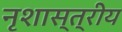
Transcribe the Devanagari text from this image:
नृशास्त्रीय